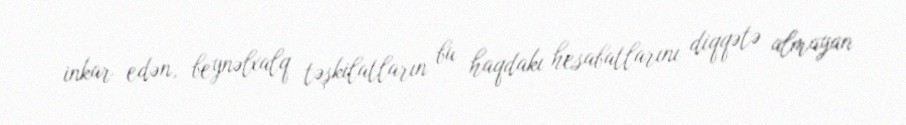
inkar edən, beynəlxalq təşkilatların bu haqdakı hesabatlarını diqqətə almayan